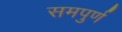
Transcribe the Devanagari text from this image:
समपुर्ण